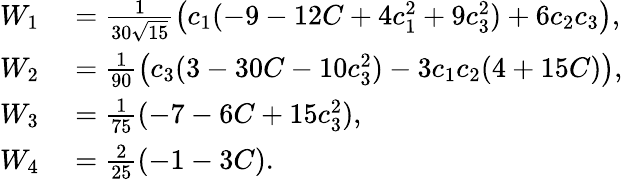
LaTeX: \begin{array}{rl}{W_{1}}&{{}=\frac 1{30\sqrt{15}}\big(c_{1}(-9-12C+4c_{1}^{2}+9c_{3}^{2})+6c_{2}c_{3}\big),}\\ {W_{2}}&{{}=\frac 1{90}\big(c_{3}(3-30C-10c_{3}^{2})-3c_{1}c_{2}(4+15C)\big),}\\ {W_{3}}&{{}=\frac 1{75}(-7-6C+15c_{3}^{2}),}\\ {W_{4}}&{{}=\frac 2{25}(-1-3C).}\end{array}